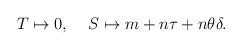
LaTeX: \begin{align*}T \mapsto 0, \;\;\;\; S \mapsto m + n\tau + n \theta\delta.\end{align*}